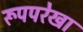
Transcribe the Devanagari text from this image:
रूपपरेखा